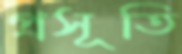
প্রসূতি